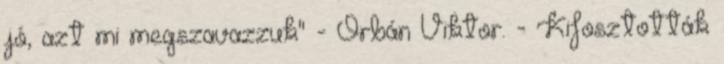
jó, azt mi megszavazzuk" - Orbán Viktor. - Kifosztották